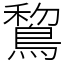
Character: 鵹